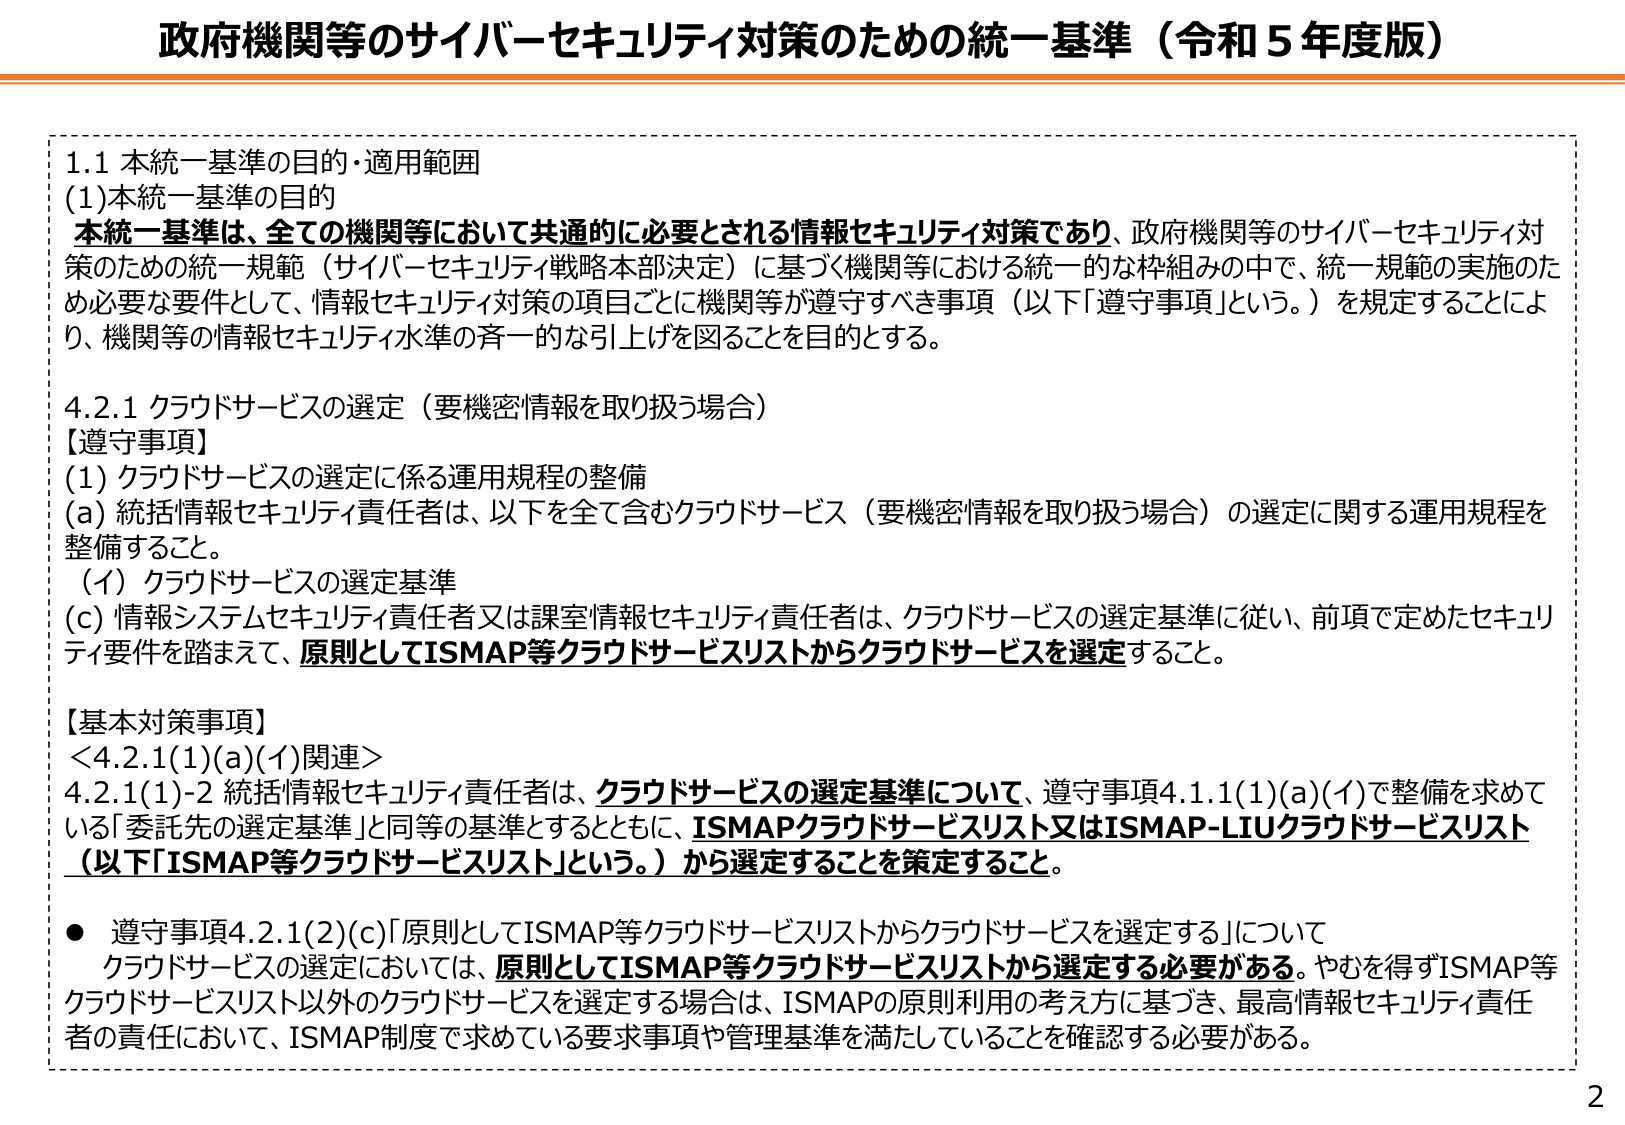
政府機関等のサイバーセキュリティ対策のための統一基準（令和５年度版）

1.1 本統一基準の目的・適用範囲
(1)本統一基準の目的
本統一基準は、全ての機関等において共通的に必要とされる情報セキュリティ対策であり、政府機関等のサイバーセキュリティ対策のための統一規範（サイバーセキュリティ戦略本部決定）に基づく機関等における統一的な枠組みの中で、統一規範の実施のため必要な要件として、情報セキュリティ対策の項目ごとに機関等が遵守すべき事項（以下「遵守事項」という。）を規定することにより、機関等の情報セキュリティ水準の斉一的な引上げを図ることを目的とする。

4.2.1 クラウドサービスの選定（要機密情報を取り扱う場合）
【遵守事項】
(1) クラウドサービスの選定に係る運用規程の整備
(a) 統括情報セキュリティ責任者は、以下を全て含むクラウドサービス（要機密情報を取り扱う場合）の選定に関する運用規程を整備すること。
（イ）クラウドサービスの選定基準
(c) 情報システムセキュリティ責任者又は課室情報セキュリティ責任者は、クラウドサービスの選定基準に従い、前項で定めたセキュリティ要件を踏まえて、原則としてISMAP等クラウドサービスリストからクラウドサービスを選定すること。

【基本対策事項】
＜4.2.1(1)(a)(イ)関連＞
4.2.1(1)-2 統括情報セキュリティ責任者は、クラウドサービスの選定基準について、遵守事項4.1.1(1)(a)(イ)で整備を求めて いる「委託先の選定基準」と同等の基準とするとともに、ISMAPクラウドサービスリスト又はISMAP-LIUクラウドサービスリスト（以下「ISMAP等クラウドサービスリスト」という。）から選定することを策定すること。

● 遵守事項4.2.1(2)(c)「原則としてISMAP等クラウドサービスリストからクラウドサービスを選定する」について
クラウドサービスの選定においては、原則としてISMAP等クラウドサービスリストから選定する必要がある。やむを得ずISMAP等クラウドサービスリスト以外のクラウドサービスを選定する場合は、ISMAPの原則利用の考え方に基づき、最高情報セキュリティ責任者の責任において、ISMAP制度で求めている要求事項や管理基準を満たしていることを確認する必要がある。

2